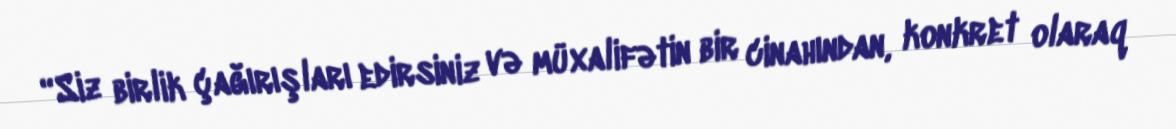
“Siz birlik çağırışları edirsiniz və müxalifətin bir cinahından, konkret olaraq